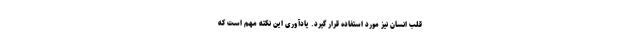
قلب انسان نیز مورد استفاده قرار گیرد. یادآوری این نکته مهم است که